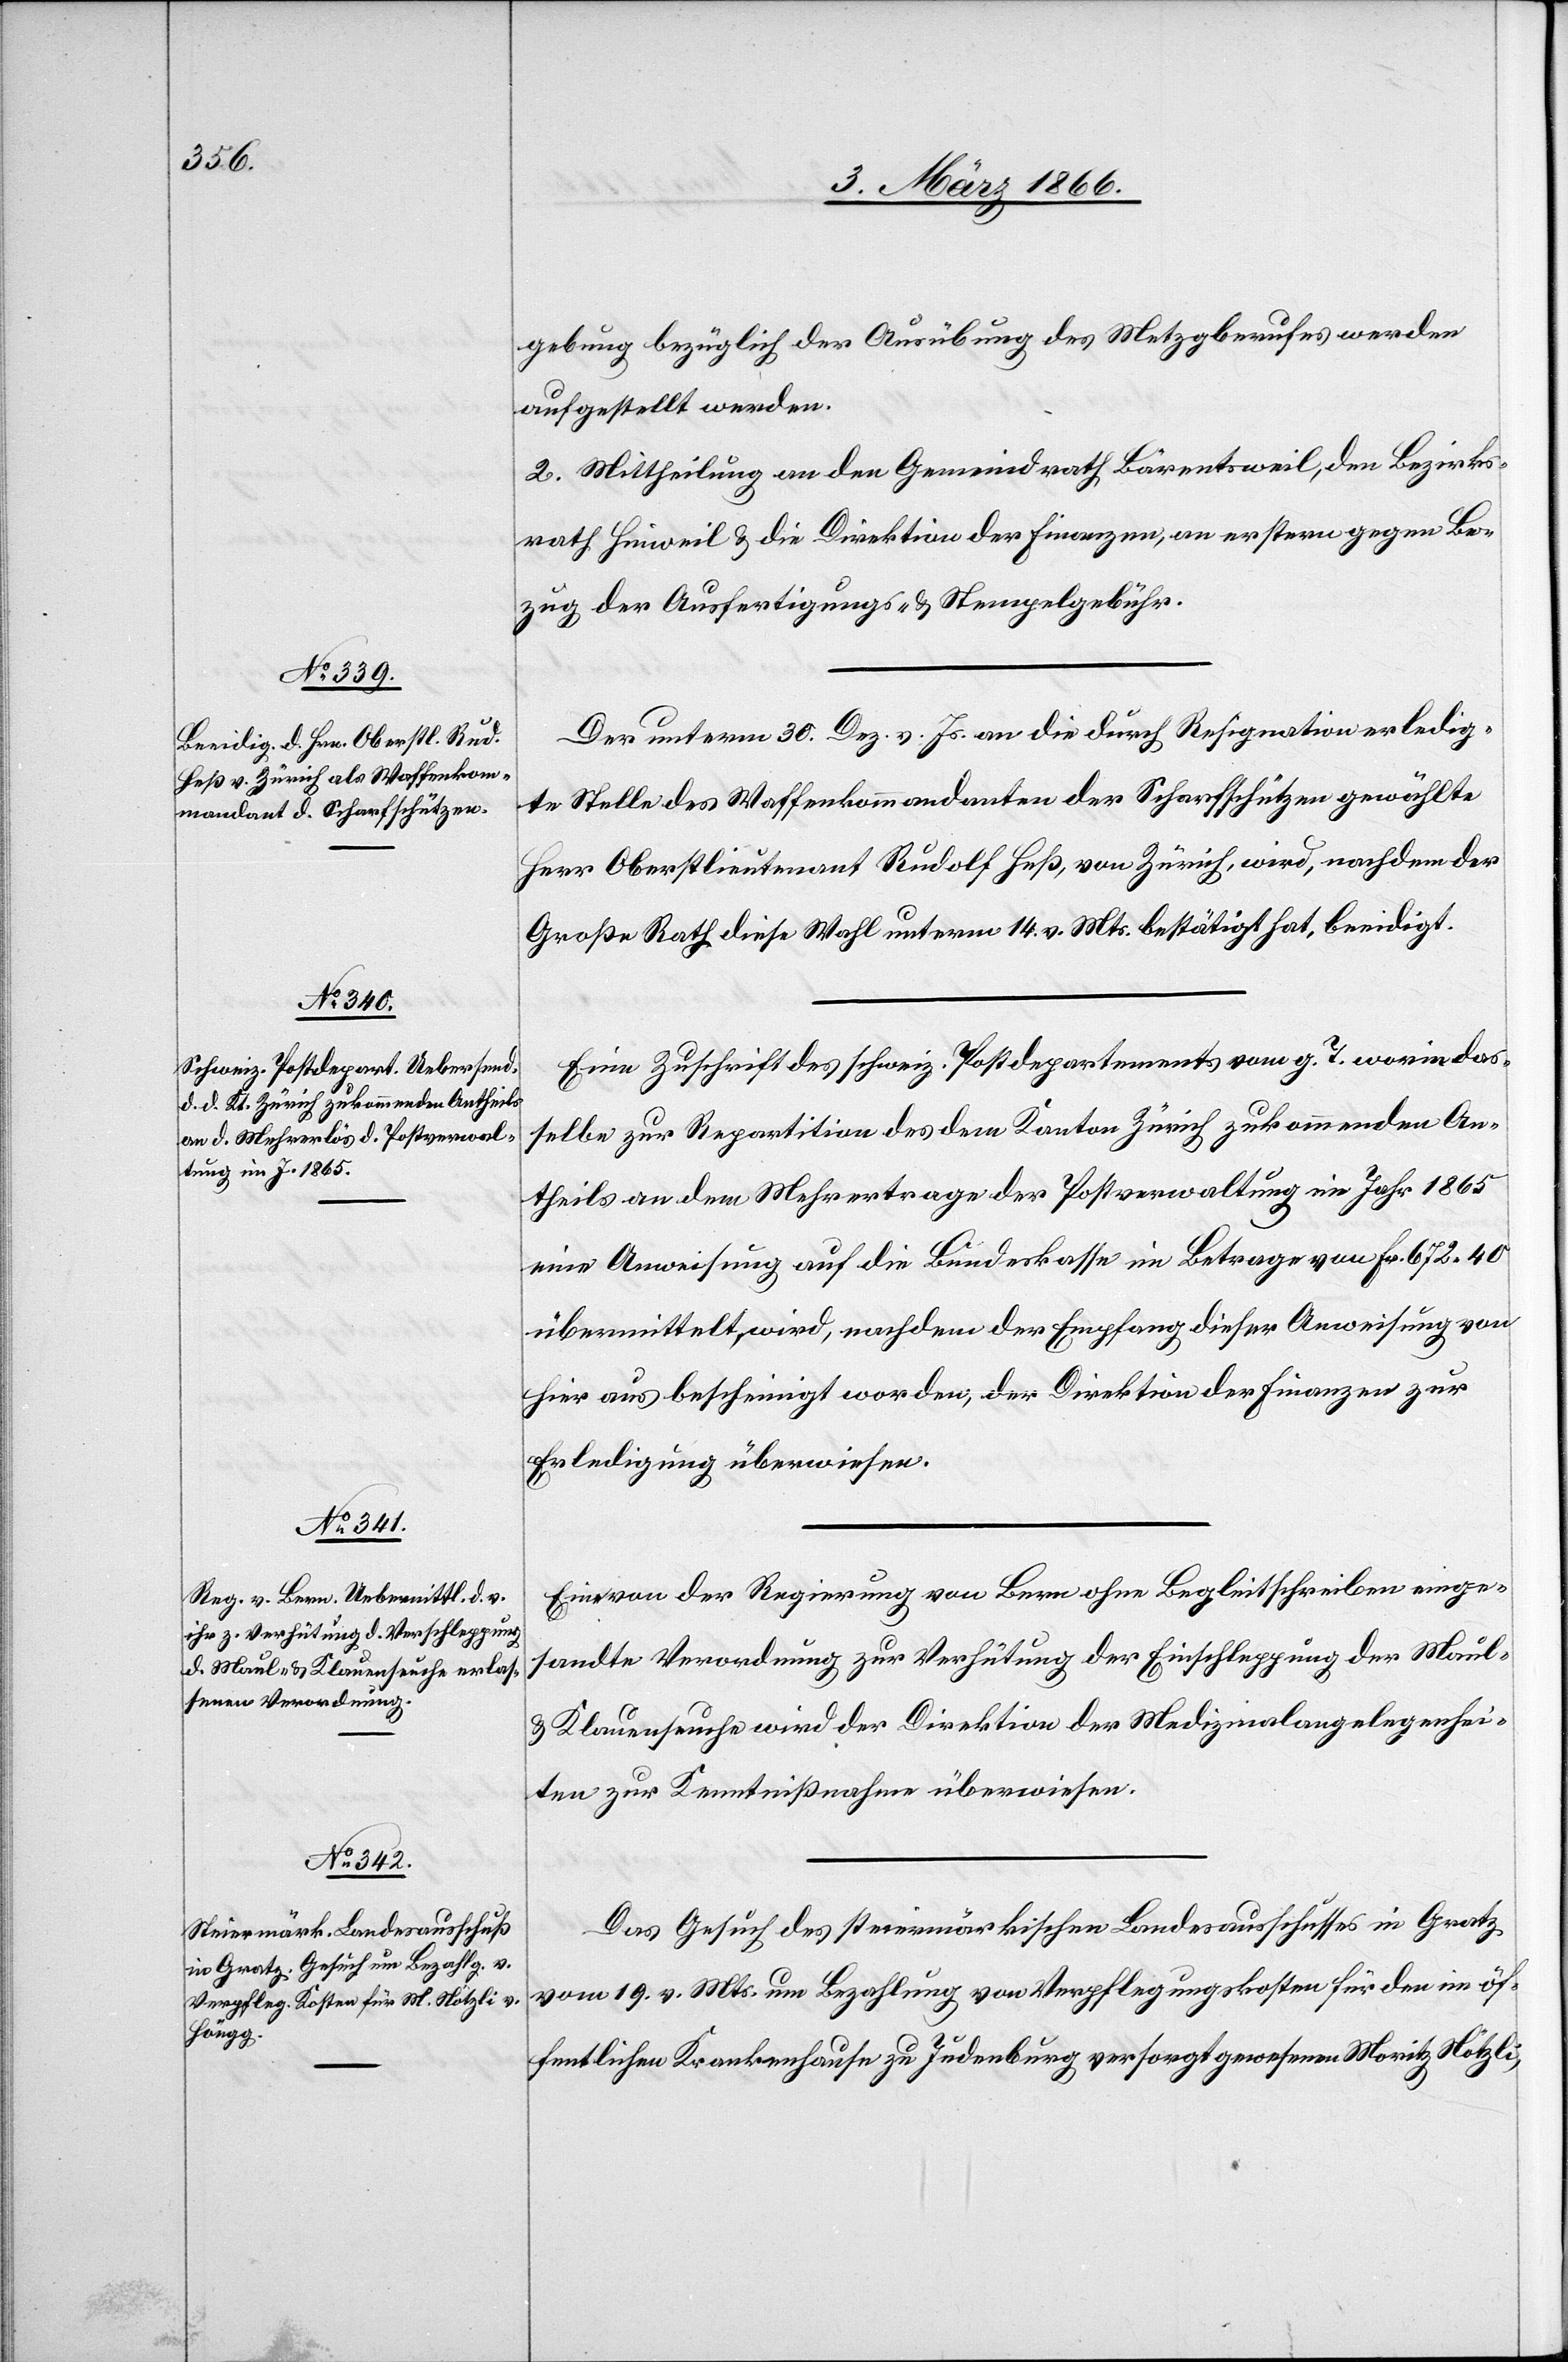
gebung bezüglich der Ausübung des Metzgberufes werden
aufgestellt werden.
2. Mittheilung an den Gemeindrath Bärentsweil, den Bezirks¬
rath Hinweil u. die Direktion der Finanzen, an erstern gegen Be¬
zug der Ausfertigungs- u. Stempelgebühren.
Der unterm 30. Dez. v. Js. an die durch Resignation erledig¬
te Stelle des Waffenkommandanten der Scharfschützen gewählte
Herr Oberstlieutenant Rudolf Heß, von Zürich, wird, nachdem der
Große Rath diese Wahl unterm 14. v. Mts. bestätigt hat, beeidigt.
Eine Zuschrift des schweiz. Postdepartements vom g. T. worin das¬
selbe zur Repartition des dem Kanton Zürich zukommenden An¬
theils an dem Mehrertrage der Postverwaltung im Jahr 1863
eine Anweisung auf die Bundeskasse im Betrag von Fr. 672,40
übermittelt, wird, nachdem der Empfang dieser Anweisung von
hier aus bescheinigt worden, der Direktion der Finanzen zur
Erledigung überwiesen.
Eine von der Regierung von Bern ohne Begleitschreiben einge¬
sandte Verordnung zur Verhütung der Einschleppung der Maul-
u. Klauenseuche wird der Direktion der Medizinalangelegenhei¬
ten zur Kenntnißnahme überwiesen.
Das Gesuch des steiermärkischen Landesausschusses in Gratz
vom 19. v. Mts. um Bezahlung von Verpflegungskosten für den im öf¬
fentlichen Krankenhause Judenburg versorgt gewesenen Moritz Nötzli